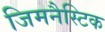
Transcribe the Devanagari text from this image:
जिमनैस्टिक